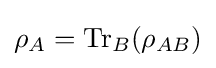
\rho _{A}=\operatorname {Tr} _{B}(\rho _{AB})